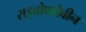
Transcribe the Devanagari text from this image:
राइबोफ्लेवीन